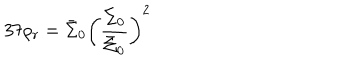
3 7 \rho _ { r } = \bar { \Sigma } _ { 0 } \left( \frac { \Sigma _ { 0 } } { \bar { \Sigma } _ { 0 } } \right) ^ { 2 }